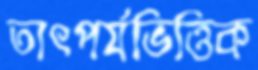
তাৎপর্যভিত্তিক